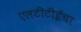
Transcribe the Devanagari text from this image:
एलटीटीईचा